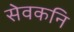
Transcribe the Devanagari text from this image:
सेवकनि